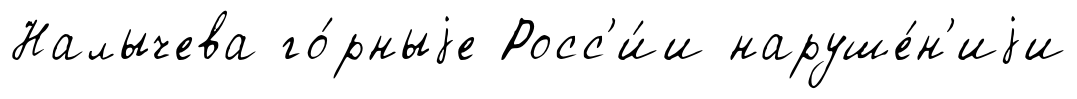
Налычева го́рныjе Росс'и́и наруше́н'иjи